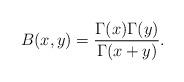
LaTeX: \begin{align*}B(x,y)=\frac{\Gamma(x)\Gamma(y)} {\Gamma(x+y)}.\end{align*}